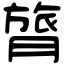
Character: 膂